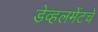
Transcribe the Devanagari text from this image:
डेव्हलमेंटचे